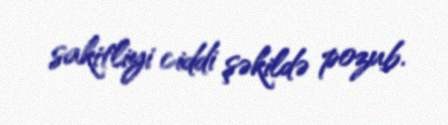
sakitliyi ciddi şəkildə pozub.